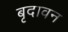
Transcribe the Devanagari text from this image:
बृदावन